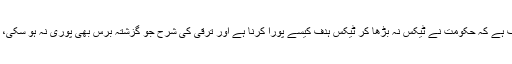
یہاں مجھے بھی شدید اختلاف ہے کہ حکومت نے ٹیکس نہ بڑھا کر ٹیکس ہدف کیسے پورا کرنا ہے اور ترقی کی شرح جو گزشتہ برس بھی پوری نہ ہو سکی، کیا دوبارہ بھی ایسا ہی ہوگا۔